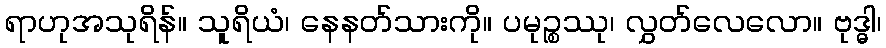
ရာဟုအသုရိန်။ သူရိယံ၊ နေနတ်သားကို။ ပမုဉ္စဿု၊ လွှတ်လေလော။ ဗုဒ္ဓါ၊